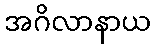
အဂိလာနာယ